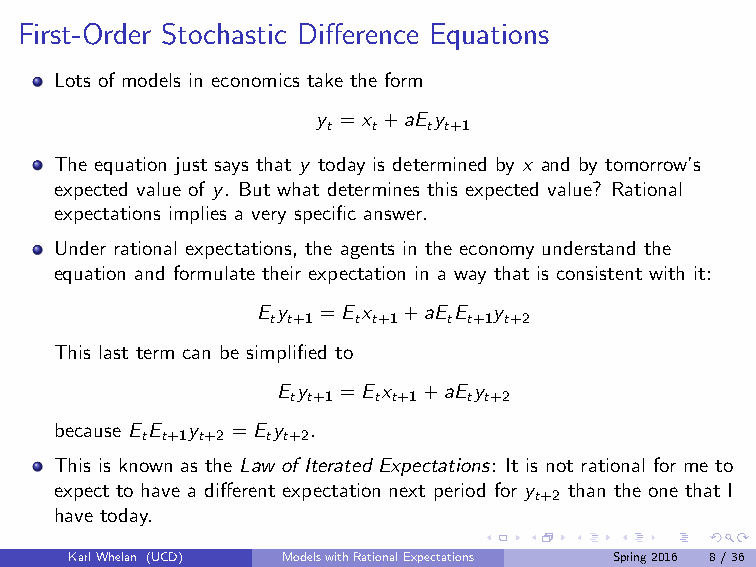
First-Order Stochastic Difference Equations
 Lots of models in economics take the form
 y =x +aE y
 t  t  t t+1
 The equation just says that y today is determined by x and by tomorrow’s
 expected value of y. But what determines this expected value? Rational
 expectations implies a very specific answer.
 Under rational expectations, the agents in the economy understand the
 equation and formulate their expectation in a way that is consistent with it:
 E y =E x  +aE E y
 t t+1 t t+1 t t+1 t+2
 This last term can be simplified to
 E y =E x  +aE y
 t t+1 t t+1 t t+2
 because E E y =E y .
 t t+1 t+2 t t+2
 This is known as the Law of Iterated Expectations: It is not rational for me to
 expect to have a different expectation next period for y than the one that I
 t+2
 have today.
 KarlWhelan (UCD) ModelswithRationalExpectations Spring2016 8/36